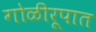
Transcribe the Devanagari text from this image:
गोळीरूपात